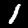
Label: 1